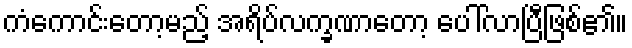
ကံကောင်းတော့မည့် အရိပ်လက္ခဏာတော့ ပေါ်လာပြီဖြစ်၏။